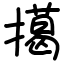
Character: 擖